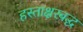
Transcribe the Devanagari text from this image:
हस्ताक्षरबद्ध